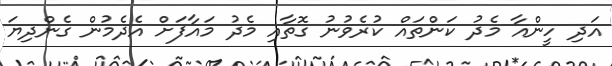
އަދި ހީންއާ މެދު ކަންތައް ކުރެވުނު ގޮތާއި މެދު މައާފަށް އެދެމުން ގެންދިޔަ